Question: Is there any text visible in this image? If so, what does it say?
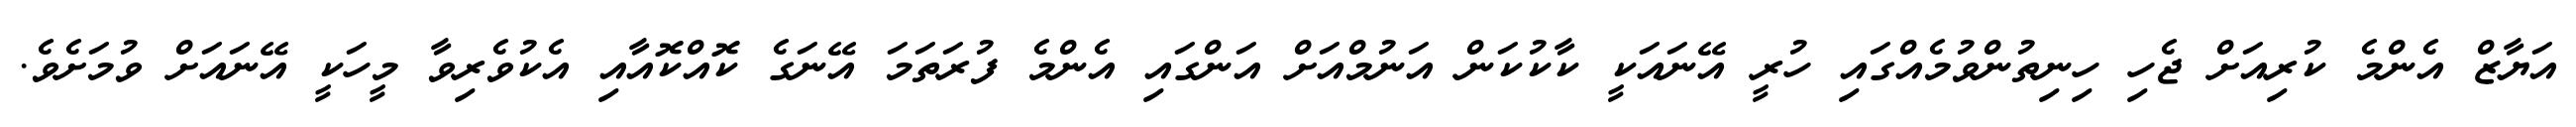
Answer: އަޔާޒް އެންމެ ކުރިއަށް ޖެހި ހިނިތުންވުމެއްގައި ހުރީ އޭނައަކީ ކާކުކަން އަނުމްއަށް އަންގައި އެންމެ ފުރަތަމަ އޭނަގެ ކޮއްކޮއާއި އެކުވެރިވާ މީހަކީ އޭނައަށް ވުމަށެވެ.